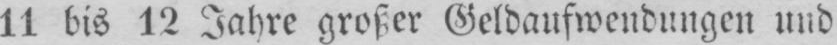
11 bis 12 Jahre großer Geldaufwendungen und